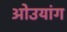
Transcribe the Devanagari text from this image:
ओउयांग